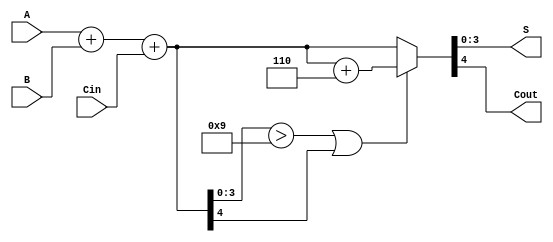
module bcd_ripple_carry_adder (
    input [3:0] A,       // First BCD digit
    input [3:0] B,       // Second BCD digit
    input Cin,           // Carry-in
    output reg [3:0] S,  // BCD sum output
    output reg Cout      // Carry-out
);

    wire [4:0] sum;      // 5-bit sum to accommodate carry
    wire need_correction; // Signal to indicate if correction is needed

    // Step 1: Perform binary addition
    assign sum = A + B + Cin;

    // Step 2: Check for BCD correction conditions
    assign need_correction = (sum[3:0] > 4'b1001) || sum[4];

    // Step 3: BCD correction logic
    always @(*) begin
        if (need_correction) begin
            // If correction is needed, add 6 to the sum
            {Cout, S} = sum + 4'b0110;  // Add 6 to the sum
        end else begin
            // No correction needed
            {Cout, S} = sum;              // Output sum and carry-out
        end
    end

endmodule